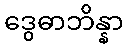
ဒွေဓာဘိန္နာ